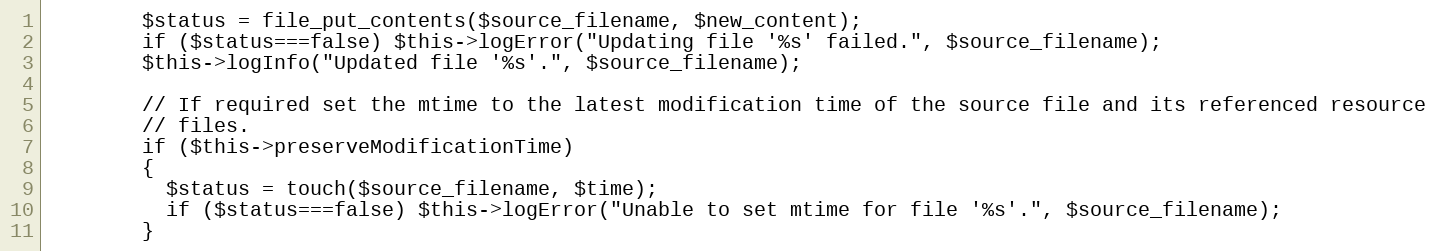
Language: PHP
        $status = file_put_contents($source_filename, $new_content);
        if ($status===false) $this->logError("Updating file '%s' failed.", $source_filename);
        $this->logInfo("Updated file '%s'.", $source_filename);

        // If required set the mtime to the latest modification time of the source file and its referenced resource
        // files.
        if ($this->preserveModificationTime)
        {
          $status = touch($source_filename, $time);
          if ($status===false) $this->logError("Unable to set mtime for file '%s'.", $source_filename);
        }